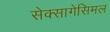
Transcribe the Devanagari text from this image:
सेक्सागेसिमल